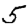
Digit: 5